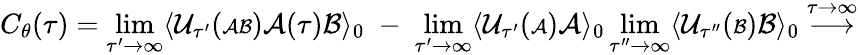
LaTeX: C_{\theta}(\tau)=\operatorname*{lim}_{\tau^{\prime}\rightarrow\infty}\langle{\cal U}_{\tau^{\prime}}({\scriptstyle{\cal AB}}){\cal A}(\tau){\cal B}\rangle_{0}\; -\; \operatorname*{lim}_{\tau^{\prime}\rightarrow\infty}\langle{\cal U}_{\tau^{\prime}}({\scriptstyle{\cal A}}){\cal A}\rangle_{0}\operatorname*{lim}_{\tau^{\prime\prime}\rightarrow\infty}\langle{\cal U}_{\tau^{\prime\prime}}({\scriptstyle{\cal B}}){\cal B}\rangle_{0}\stackrel{\tau\rightarrow\infty}{\longrightarrow}